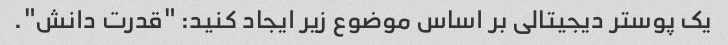
یک پوستر دیجیتالی بر اساس موضوع زیر ایجاد کنید: "قدرت دانش".